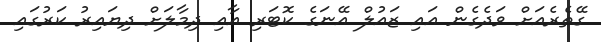
ގޭތެރެއަށް ވަދެގެން އައި ޒައުލް އޭނަގެ ކޮޓަރި އާއި ދިމާލަށް ދިޔައިރު ކަރުގައި